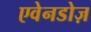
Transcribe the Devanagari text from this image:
एवेनडोज़